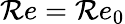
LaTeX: \mathcal{R}e=\mathcal{R}e_{0}